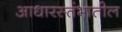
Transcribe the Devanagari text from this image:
आधारस्तंभातील